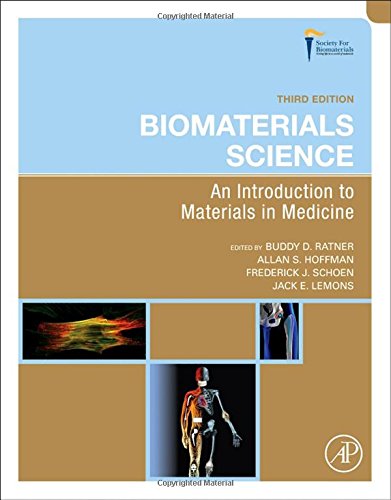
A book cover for Biomaterials Science, Third Edition: An Introduction to Materials in Medicine; Buddy D. Ratner; Medical Books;